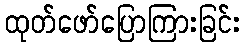
ထုတ်ဖော်ပြောကြားခြင်း